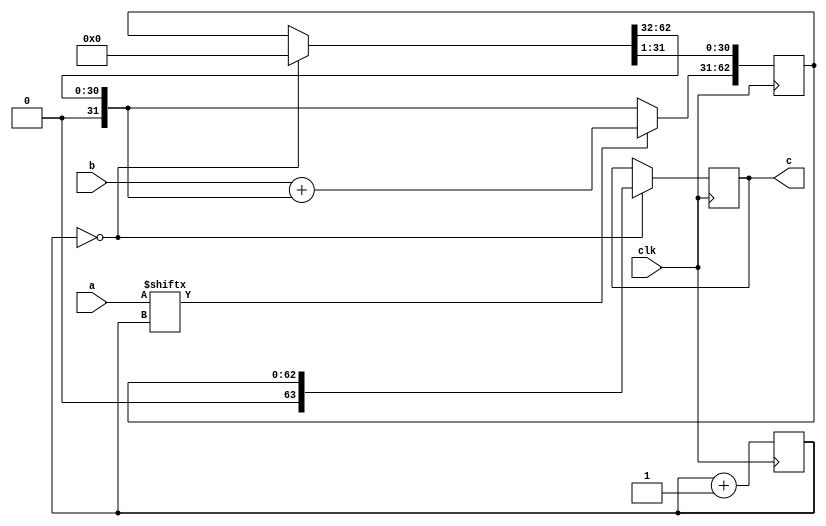
`timescale 1ns / 1ps
//////////////////////////////////////////////////////////////////////////////////
// Company: 
// Engineer: 
// 
// Design Name: 
// Module Name:    mul_int 
// Project Name: 
// Target Devices: 
// Tool versions: 
// Description: 
//
// Dependencies: 
//
// Revision: 
// Revision 0.01 - File Created
// Additional Comments: 
//
//////////////////////////////////////////////////////////////////////////////////
module mul_int(
		input clk,
		input wire [31:0]a,
		input wire [31:0]b,
		output wire [63:0]c
		);
	reg [4:0] cnt;
	reg [63:0] tmp;
	reg [63:0] ans;
	
	initial begin
		cnt = 5'b0;
		tmp = 64'b0;
		ans = 64'b0;
	end
	
	always @(posedge clk) begin
		if (cnt == 5'b0) begin
			ans = tmp;
			tmp = 64'b0;
		end
		if (a[cnt] == 1'b1) begin
			tmp[63:32] = b[31:0] + tmp[63:32]; 	//adder_32bits adder(b[31:0] + c[63:32] => c[63:32]), maybe need a tmp varible here.
		end
		tmp = tmp >> 1; 	//lrs(c, 1);
		cnt = cnt + 5'b1;
	end
	
	assign c = ans;
	
endmodule